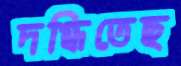
দগ্ধিতেছ